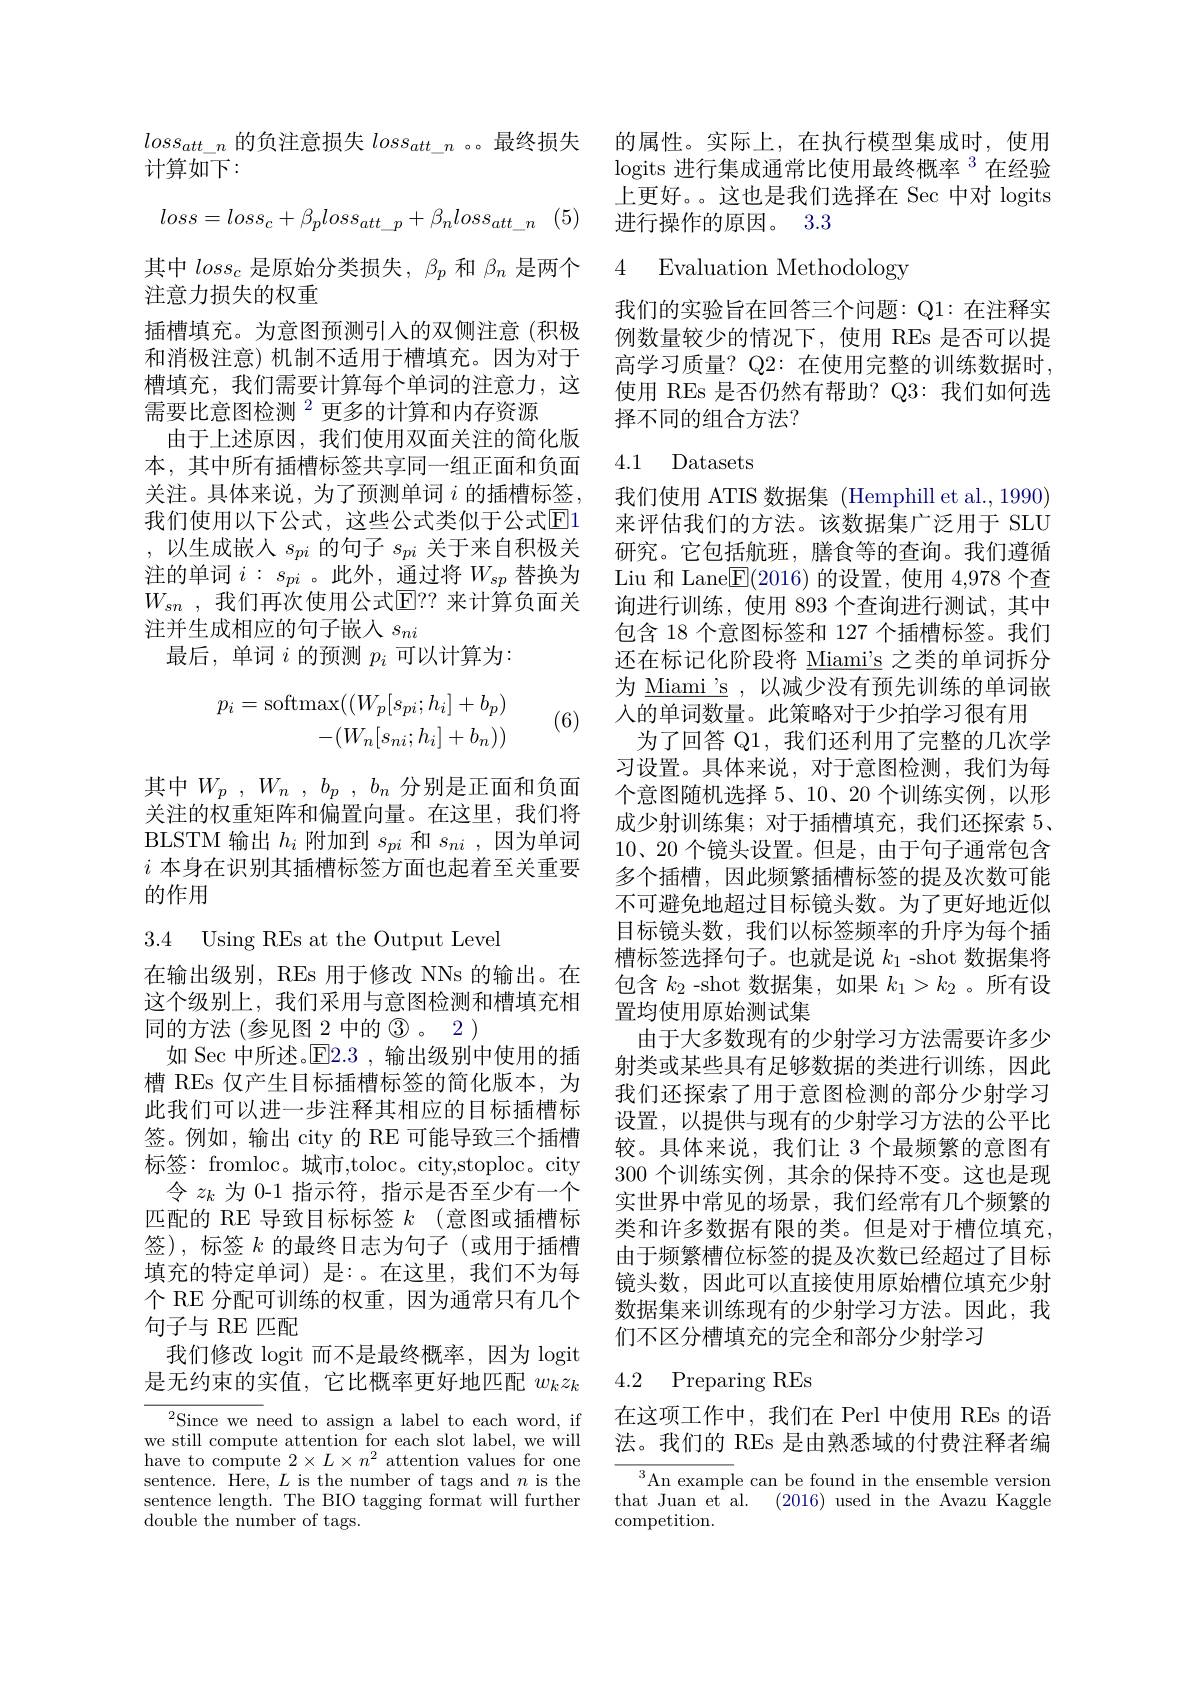
$loss_{att\_n}$的负注意损失$loss_{att\_n}$ 。最终损失 的属性。实际上，在执行模型集成时，使用
计算如下：
$$loss=loss_c+\beta_ploss_{att_p}+\beta_nloss_{att_n}$$
注意力损失的权重
插槽填充。为意图预测引入的双侧注意(积极和消极注意)机制不适用于槽填充。因为对于槽填充，我们需要计算每个单词的注意力，这需要比意图检测$^{2}$更多的计算和内存资源
由于上述原因，我们使用双面关注的简化版本，其中所有插槽标签共享同一组正面和负面关注。具体来说，为了预测单词 $i$ 的插槽标签， 我们使用以下公式，这些公式类似于公式$\overline{\mathrm{E}}$1 ,以生成嵌入$s_pi$ 的句子 $s_pi$ 关于来自积极关注的单词$i:s_{pi}$ 。此外，通过将$W_sp$替换为$W_{sn}$ , $\dot {\text{我 们 再 次 使 用 公 式 }\mathbb{E} }$? 来计算负面关注并生成相应的句子嵌入$s_{ni}$
最后，单词$i$的预测$p_i$可以计算为：
$$\begin{aligned}p_i=\mathrm{softmax}((W_p[s_{pi};h_i]+b_p)\\-(W_n[s_{ni};h_i]+b_n))\end{aligned}$$
(6)

其中$W_p$ , $W_n$ , $b_p$ , $b_n$ 分别是正面和负面关注的权重矩阵和偏置向量。在这里，我们将BLSTM 输出$h_i$附加到$s_{pi}$和$s_{ni}$,因为单词$i$本身在识别其插槽标签方面也起着至关重要的作用

3.4 Using REs at the Output Level

在输出级别，REs 用于修改 NNs 的输出。在这个级别上，我们采用与意图检测和槽填充相同的方法(参见图2中的$\textcircled 3。2)$
如 Sec 中所述。$\overline{\mathrm{E}}$2.3 ,输出级别中使用的插槽 REs 仅产生目标插槽标签的简化版本，为此我们可以进一步注释其相应的目标插槽标签。例如，输出 city 的 RE 可能导致三个插槽标签：fromloc。城市，toloc。city,stoploc。city
令$z_k$为 0-1 指示符，指示是否至少有一个匹配的 RE 导致目标标签$k$ (意图或插槽标签),标签$k$的最终日志为句子(或用于插槽填充的特定单词) 是：。在这里，我们不为每个 RE 分配可训练的权重，因为通常只有几个句子与 RE 匹配
我们修改 logit 而不是最终概率，因为 logit 是无约束的实值，它比概率更好地匹配$w_kz_k$

$^{2}$Since we need to assign a label to each word, if $\begin{array}{l}{\mathrm{we~still~compute~attention~for~each~slot~label,~we~will}}\\{\mathrm{have~to~compute~2\times~L\times~n^{2}~attention~values~for~one}}\end{array}$ sentence. Here, $L$ is the number of tags and $n$ is the sentence length. The BIO tagging format will further double the number of tags.

logits 进行集成通常比使用最终概率 $^{3}$在经验上更好。。这也是我们选择在 Sec 中对 logits 进行操作的原因。3.3

其中$loss_c$是原始分类损失，$\beta_p$和$\beta_n$是两个 4 Evaluation Methodology

我们的实验旨在回答三个问题：Q1: 在注释实例数量较少的情况下，使用 REs 是否可以提高学习质量？Q2: 在使用完整的训练数据时使用 REs 是否仍然有帮助？Q3:我们如何选择不同的组合方法？

### 4.1 Datasets

我们使用 ATIS 数据集 (Hemphill et al., 1990) 来评估我们的方法。该数据集广泛用于 SLU 研究。它包括航班，膳食等的查询。我们遵循Liu 和 Lane$\boxed{\mathrm{F}}(2016)$的设置，使用 4,978 个查询进行训练，使用 893 个查询进行测试，其中包含 18 个意图标签和 127 个插槽标签。我们还在标记化阶段将$\underline{\text{Miami's}}$之类的单词拆分为 Miami's ,以减少没有预先训练的单词嵌人的单词数量。此策略对于少拍学习很有用
为了回答 Q1, 我们还利用了完整的几次学习设置。具体来说，对于意图检测，我们为每个意图随机选择 5、10、20 个训练实例，以形成少射训练集；对于插槽填充，我们还探索 5、 $10、20$个镜头设置。但是，由于句子通常包含多个插槽，因此频繁插槽标签的提及次数可能不可避免地超过目标镜头数。为了更好地近似目标镜头数，我们以标签频率的升序为每个插槽标签选择句子。也就是说$k_{1}$ -shot 数据集将包含$k_2$ -shot 数据集，如果$k_1>k_2$ 。所有设置均使用原始测试集
由于大多数现有的少射学习方法需要许多少射类或某些具有足够数据的类进行训练，因此我们还探索了用于意图检测的部分少射学习设置，以提供与现有的少射学习方法的公平比较。具体来说，我们让 3 个最频繁的意图有300 个训练实例，其余的保持不变。这也是现实世界中常见的场景，我们经常有几个频繁的类和许多数据有限的类。但是对于槽位填充， 由于频繁槽位标签的提及次数已经超过了目标镜头数，因此可以直接使用原始槽位填充少射数据集来训练现有的少射学习方法。因此，我们不区分槽填充的完全和部分少射学习
4.2 Preparing REs

在这项工作中，我们在 Perl 中使用 REs 的语法。我们的 REs 是由熟悉域的付费注释者编

${\overline{{^3}\text{An example can be found in the ensemble version}}}$ that Juan et al. (2016) used in the Avazu Kaggle competition.